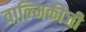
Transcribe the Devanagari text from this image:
वाल्‍मिकीजी